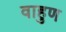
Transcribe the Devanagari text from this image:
वाहुण